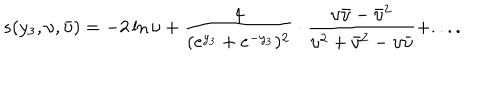
s ( y _ { 3 } , \upsilon , \bar { \upsilon } ) = - 2 \ln \upsilon + \frac { 4 } { ( e ^ { y _ { 3 } } + e ^ { - y _ { 3 } } ) ^ { 2 } } \cdot \frac { \upsilon { \bar { \upsilon } } - { \bar { \upsilon } ^ { 2 } } } { \upsilon ^ { 2 } + { \bar { \upsilon } } ^ { 2 } - \upsilon { \bar { \upsilon } } } + . . . .